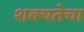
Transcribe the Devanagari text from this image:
शक्यतेचा